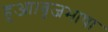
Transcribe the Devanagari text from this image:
हुआ।बृजभाषा